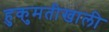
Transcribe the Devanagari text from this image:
हुकुमतीखाली